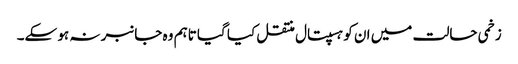
زخمی حالت میں ان کو ہسپتال منتقل کیا گیا تاہم وہ جانبر نہ ہو سکے۔